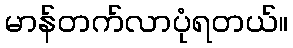
မာန်တက်လာပုံရတယ်။